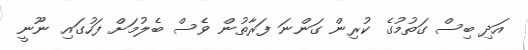
އަދި ބިސް ގަތުމުގެ ކުރިން ގަންނަ ފަރާތުން ވެސް ބެލުމަށް ފަހުގައި ނޫނީ